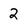
Character: 2